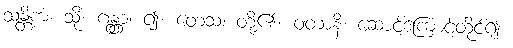
သန္တိကံ၊ သို့။ ဂန္တွာ၊ ၍။ တေသံ၊ တို့၏။ ဝတာနိ၊ ဆောင့်ကြောင့်ထိုင်၍